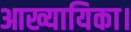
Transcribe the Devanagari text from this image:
आख्यायिका।